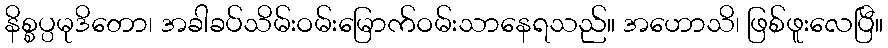
နိစ္စပ္ပမုဒိတော၊ အခါခပ်သိမ်းဝမ်းမြောက်ဝမ်းသာနေရသည်။ အဟောသိ၊ ဖြစ်ဖူးလေပြီ။